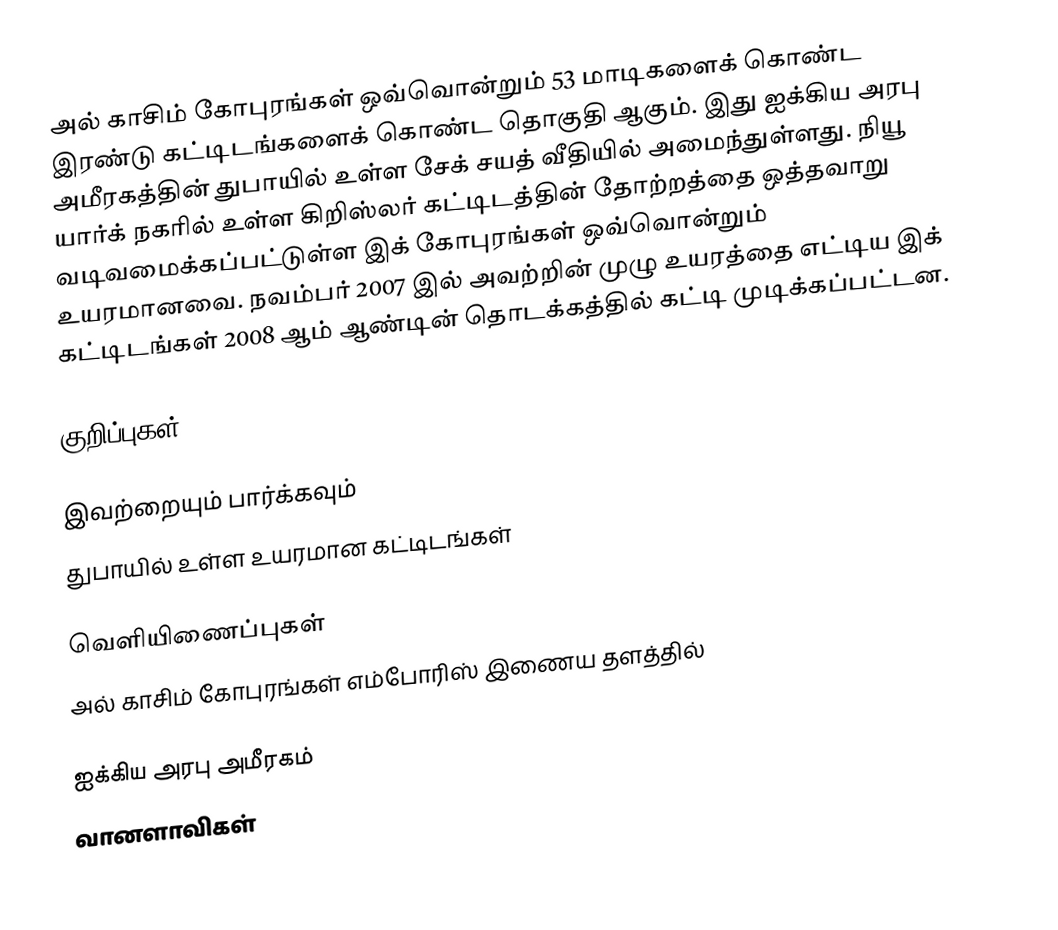
அல் காசிம் கோபுரங்கள் ஒவ்வொன்றும் 53 மாடிகளைக் கொண்ட இரண்டு கட்டிடங்களைக் கொண்ட தொகுதி ஆகும். இது ஐக்கிய அரபு அமீரகத்தின் துபாயில் உள்ள சேக் சயத் வீதியில் அமைந்துள்ளது. நியூ யார்க் நகரில் உள்ள கிறிஸ்லர் கட்டிடத்தின் தோற்றத்தை ஒத்தவாறு வடிவமைக்கப்பட்டுள்ள இக் கோபுரங்கள் ஒவ்வொன்றும்  உயரமானவை. நவம்பர் 2007 இல் அவற்றின் முழு உயரத்தை எட்டிய இக் கட்டிடங்கள் 2008 ஆம் ஆண்டின் தொடக்கத்தில் கட்டி முடிக்கப்பட்டன.

குறிப்புகள்

இவற்றையும் பார்க்கவும்
 துபாயில் உள்ள உயரமான கட்டிடங்கள்

வெளியிணைப்புகள்
 அல் காசிம் கோபுரங்கள்  எம்போரிஸ் இணைய தளத்தில்

ஐக்கிய அரபு அமீரகம்
வானளாவிகள்